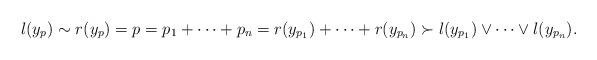
LaTeX: \begin{align*}l(y_p)\sim r(y_p)=p=p_1+\cdots+p_n = r(y_{p_1})+\cdots+r(y_{p_n})\succ l(y_{p_1})\vee\cdots\vee l(y_{p_n}).\end{align*}